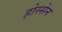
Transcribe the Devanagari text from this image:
होस्सेन